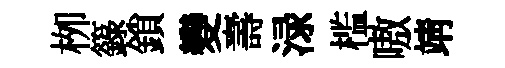
栁籙鎖變壽渌槛嗷靖